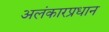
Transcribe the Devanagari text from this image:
अलंकारप्रधान